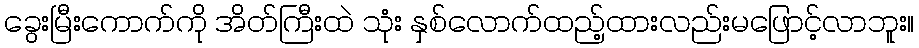
ခွေးမြီးကောက်ကို အိတ်ကြီးထဲ သုံး နှစ်လောက်ထည့်ထားလည်းမဖြောင့်လာဘူး။